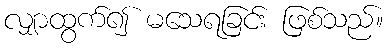
လျှာထွက်၍ မသေရခြင်း ဖြစ်သည်။